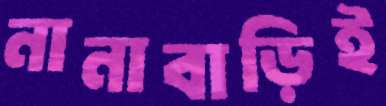
নানাবাড়িই